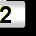
Digit: 2